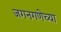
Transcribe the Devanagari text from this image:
जगनगणेच्या